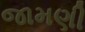
જામણી